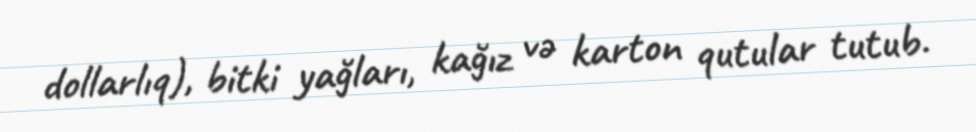
dollarlıq), bitki yağları, kağız və karton qutular tutub.